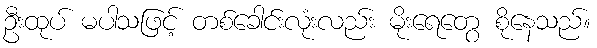
ဦးထုပ် မပါသဖြင့် တစ်ခေါင်းလုံးလည်း မိုးရေတွေ စိုနေသည်။